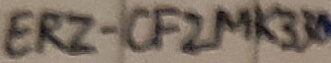
Text: ERZ-CF2MK330